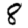
Digit: 8